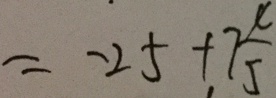
= - 2 5 + 7 \frac { 4 } { 5 }